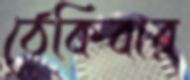
ঠেকিবার